Report of veterinary surgeon J.H. Steel, A.V.D., on his investigation into an obscure and fatal disease among transport mules in British Burma
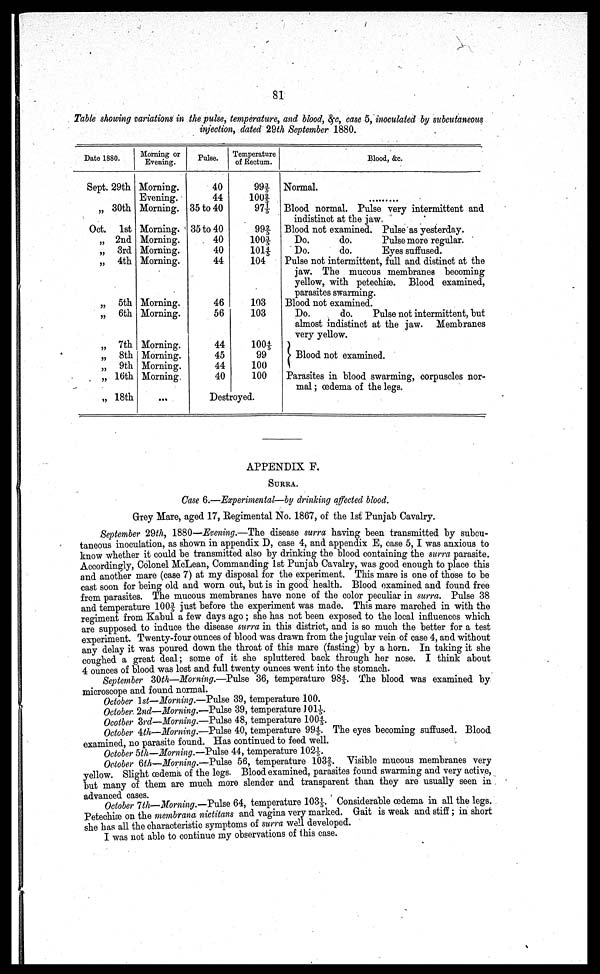
81
Table showing variations in the pulse, temperature, and blood, &c, case 5, inoculated by subcutaneous
injection, dated 29th September 1880.
Date 1880.
Sept.
"
Oct.
"
"
"
"
"
"
"
„
"
"
29th
30th
1st
2nd
3rd
4th
5th
6th
7th
8th
9th
16th
18th
Morning or
Evening.
Morning.
Evening.
Morning.
Morning.
Morning.
Morning.
Morning.
Morning.
Morning.
Morning.
Morning.
Morning.
Morning.
...
Pulse.
40
44
35 to 40
35 to 40
40
40
44
46
56
44
45
44
40
Temperature
of Rectum.
99 3/5
100 2/5
97 1/5
99 2/5
100 3/5
101 4/5
104
103
103
100 4/5
99
100
100
Destroyed.
Blood, &c.
Normal.
..........
Blood normal. Pulse very intermittent and
indistinct at the jaw.
Blood not examined. Pulse as yesterday.
Do.
do.
Pulse more regular.
Do.
do.
Eyes suffused.
Pulse not intermittent, full and distinct at the
jaw. The mucous membranes becoming
yellow, with petechiae. Blood examined,
parasites swarming.
Blood not examined.
Do.
do.
Pulse not intermittent, but
almost indistinct at the jaw. Membranes
very yellow.
Blood not examined.
Parasites in blood swarming, corpuscles nor-
mal ; œdema of the legs.
APPENDIX F.
SURRA.
Case 6.—Experimental—by drinking affected blood.
Grey Mare, aged 17, Regimental No. 1867, of the 1st Punjab Cavalry.
September 29th, 1880—Evening.—The disease surra having been transmitted by subcu-
taneous inoculation, as shown in appendix D, case 4, and appendix E, case 5, I was anxious to
know whether it could be transmitted also by drinking the blood containing the surra parasite.
Accordingly, Colonel McLean, Commanding 1st Punjab Cavalry, was good enough to place this
and another mare (case 7) at my disposal for the experiment. This mare is one of those to be
cast soon for being old and worn out, but is in good health. Blood examined and found free
from parasites. The mucous membranes have none of the color peculiar in surra. Pulse 38
and temperature lOO 3/5 just before the experiment was made. This mare marched in with the
regiment from Kabul a few days ago ; she has not been exposed to the local influences which
are supposed to induce the disease surra in this district, and is so much the better for a test
experiment. Twenty-four ounces of blood was drawn from the jugular vein of case 4, and without
any delay it was poured down the throat of this mare (fasting) by a horn. In taking it she
coughed a great deal; some of it she spluttered back through her nose. I think about
4 ounces of blood was lost and full twenty ounces went into the stomach.
September 30th—Morning.—Pulse 36, temperature 98 4/5. The blood was examined by
microscope and found normal.
October 1st—Morning—-Pulse 39, temperature 100.
October 2nd—Morning.—Pulse 39, temperature 101 1/5.
October 3rd—Morning.—Pulse 48, temperature 100 4/5.
October 4th—Morning.—Pulse 40, temperature 99 4/5. The eyes becoming suffused. Blood
examined, no parasite found. Has continued to feed well.
October 5th—Morning.—Pulse 44, temperature 102 1/5.
October 6th—Morning.—Pulse 56, temperature 103 2/5. Visible mucous membranes very
yellow. Slight oedema of the legs. Blood examined, parasites found swarming and very active,
but many of them are much more slender and transparent than they are usually seen in
October 7th—Morning.—Pulse 64, temperature 103 1/5. Considerable oedema in all the legs.
Petechiae on the membrana nictitans and vagina very marked. Gait is weak and stiff; in short
she has all the characteristic symptoms of surra well developed.
I was not able to continue my observations of this case.